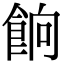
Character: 餉